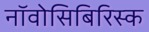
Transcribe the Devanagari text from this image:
नॉवोसिबिरिस्क